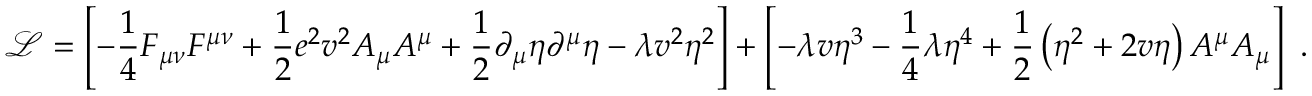
\ { \mathcal { L } } = \left[ - { \frac { 1 } { 4 } } F _ { \mu \nu } F ^ { \mu \nu } + { \frac { 1 } { 2 } } e ^ { 2 } v ^ { 2 } A _ { \mu } A ^ { \mu } + { \frac { 1 } { 2 } } \partial _ { \mu } \eta \partial ^ { \mu } \eta - \lambda v ^ { 2 } \eta ^ { 2 } \right] + \left[ - \lambda v \eta ^ { 3 } - { \frac { 1 } { 4 } } \lambda \eta ^ { 4 } + { \frac { 1 } { 2 } } \left( \eta ^ { 2 } + 2 v \eta \right) A ^ { \mu } A _ { \mu } \right] ~ .